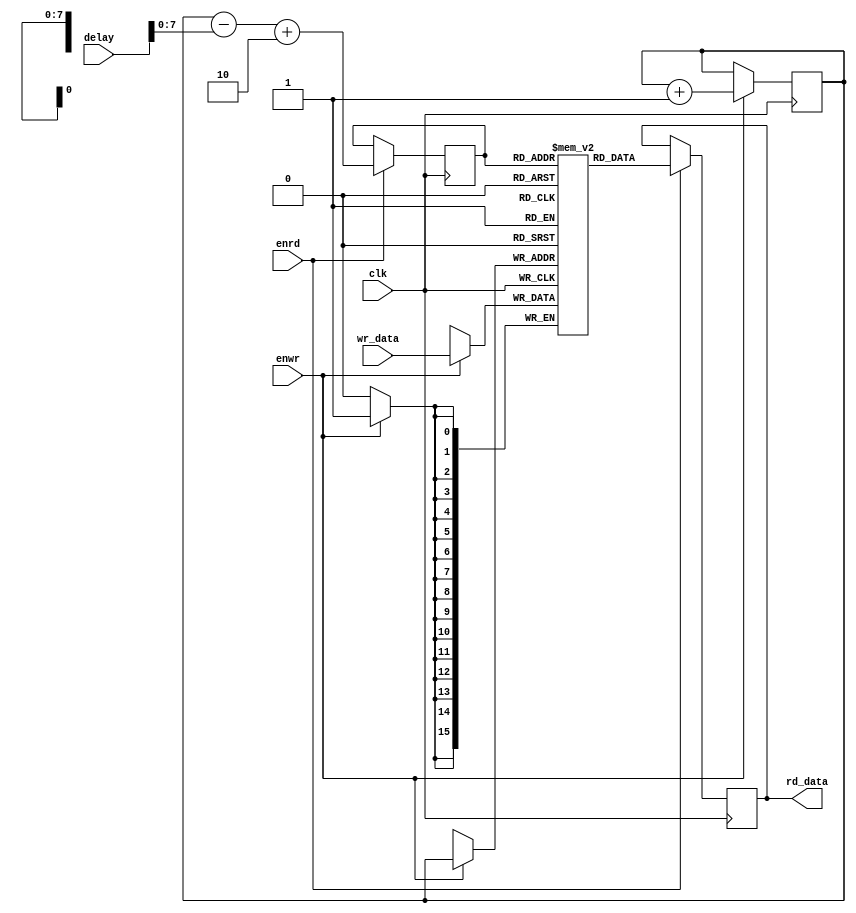
`timescale 1 ns / 1 ps

//////////////////////////////////////////////////////////////////////////////////
// 
// Design Name: 
// Module Name: ring_buffer
// Project Name: Trapezoidal Filter
// Target Devices: Red Pitaya STEMlab 125-14
// Tool Versions: 
// Description: Provides a read/write memory storage mechanism utilizing bit overflow.
// 		Also known as a ring buffer: https://en.wikipedia.org/wiki/Circular_buffer
// Dependencies: N/A
// 
// Revision: v1.0
// 
// Additional Comments:
// 
//////////////////////////////////////////////////////////////////////////////////

module ring_buffer #
(
  parameter integer AXIS_TDATA_WIDTH = 16,
  parameter integer BUFFER_LENGTH = 256     // Length of ring buffer, adjust to specific needs, preferably a power of 2
						                    // kdelay + ldelay may not exceed BUFFER_LENGTH - 1
)
(
  input clk,
  input enrd,
  input enwr,
  input [13:0] delay,
  input signed [AXIS_TDATA_WIDTH-1:0] wr_data,
  output signed [AXIS_TDATA_WIDTH-1:0] rd_data
);

  // Ring buffer with BUFFER_LENGTH addressable locations, each location being a register of width AXIS_TDATA_WIDTH
  reg [AXIS_TDATA_WIDTH-1:0] ring_buff [0:BUFFER_LENGTH - 1];
  reg [AXIS_TDATA_WIDTH-1:0] rd_reg;			// Register to hold read data for output assignment

  reg [$clog2(BUFFER_LENGTH)-1:0] wr_ptr = 0;		// Pointer to specify writing location in ring_buff
  reg [$clog2(BUFFER_LENGTH)-1:0] rd_ptr;		// Pointer to specify reading location in ring_buff

  assign rd_data = rd_reg;

  always @ (posedge clk) begin
      if (enwr) begin
        // Write handling
        ring_buff[wr_ptr] <= wr_data;	// Write data at ptr
        wr_ptr <= wr_ptr + 1;		// Iterate ptr
      end

      if (enrd) begin
        // Read handling
        rd_ptr <= wr_ptr - delay + 2;	// Set read pointer, add 2 to remove inherient delays with cycles
        rd_reg <= ring_buff[rd_ptr];	// Read data at delay_ptr 
      end
  end

endmodule